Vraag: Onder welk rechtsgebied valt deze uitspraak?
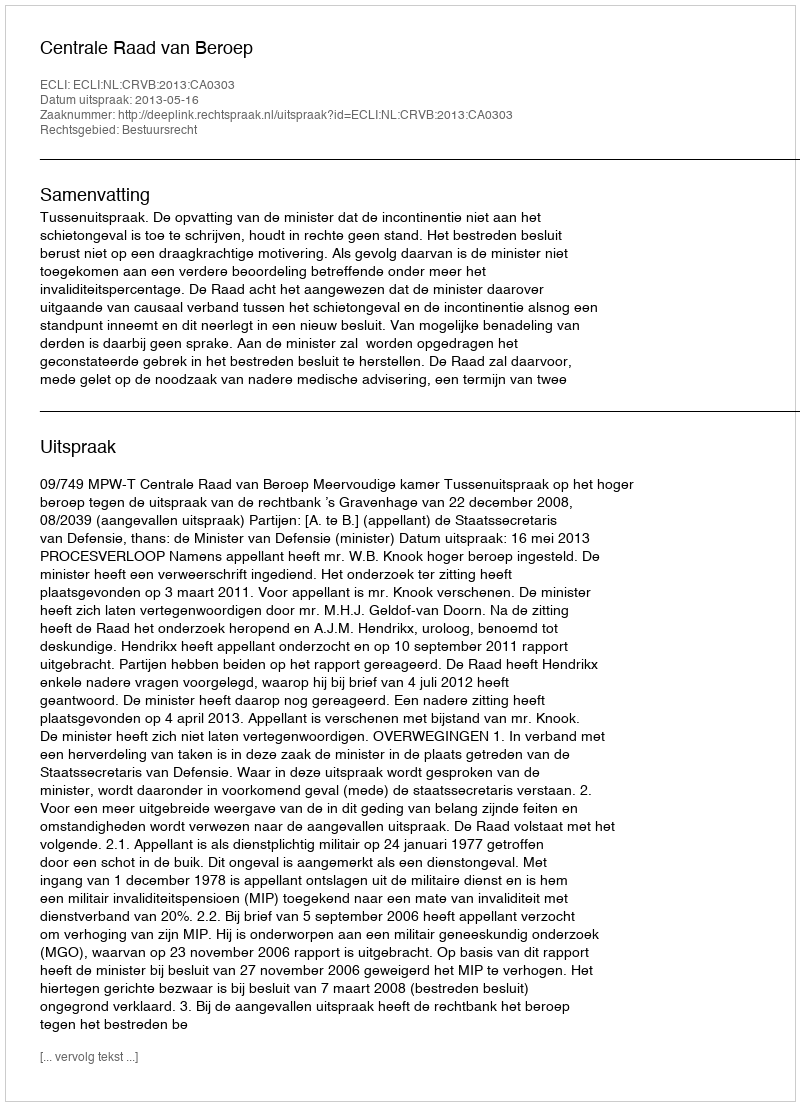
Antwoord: Bestuursrecht